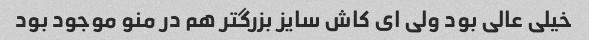
خیلی عالی بود ولی ای کاش سایز بزرگتر هم در منو موجود بود